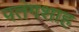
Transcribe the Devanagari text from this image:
पतंगशाह